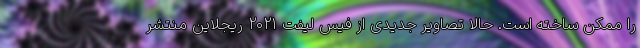
را ممکن ساخته است. حالا تصاویر جدیدی از فیس لیفت 2021 ریجلاین منتشر